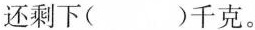
还剩下( )千克。